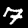
Digit: 7